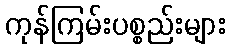
ကုန်ကြမ်းပစ္စည်းများ